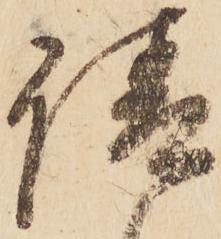
請